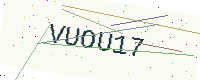
Text: VUOU17